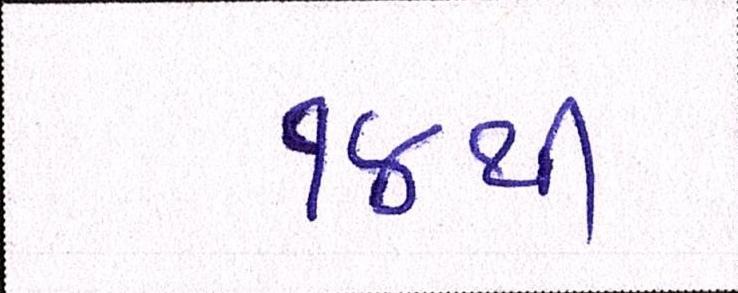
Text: ૧૪થી